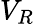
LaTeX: V_{R}